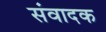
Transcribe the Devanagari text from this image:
संवादक